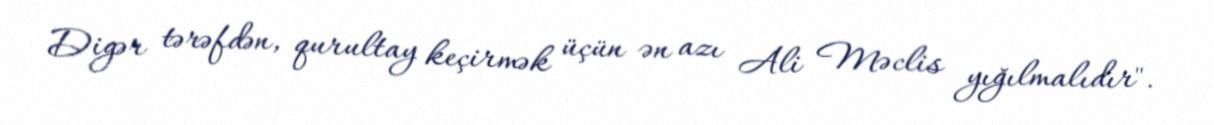
Digər tərəfdən, qurultay keçirmək üçün ən azı Ali Məclis yığılmalıdır".